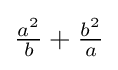
{\tfrac {a^{2}}{b}}+{\tfrac {b^{2}}{a}}